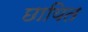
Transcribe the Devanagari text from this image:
छायित